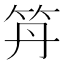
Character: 𥫼